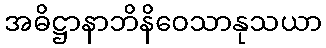
အဓိဋ္ဌာနာဘိနိဝေသာနုသယာ